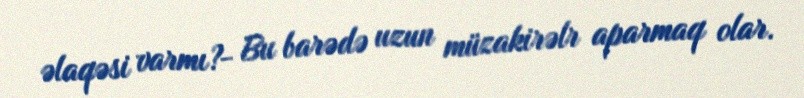
əlaqəsi varmı?- Bu barədə uzun müzakirəlr aparmaq olar.